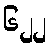
၆၂၂